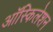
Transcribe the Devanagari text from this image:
ऑस्किलेशन